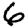
Digit: 6